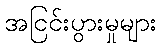
အငြင်းပွားမှုများ